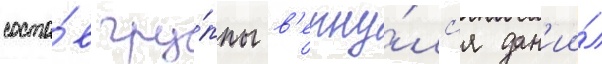
соста́в гру́ппы в'ерну́лс'я дан'ии́л